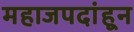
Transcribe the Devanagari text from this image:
महाजपदांहून